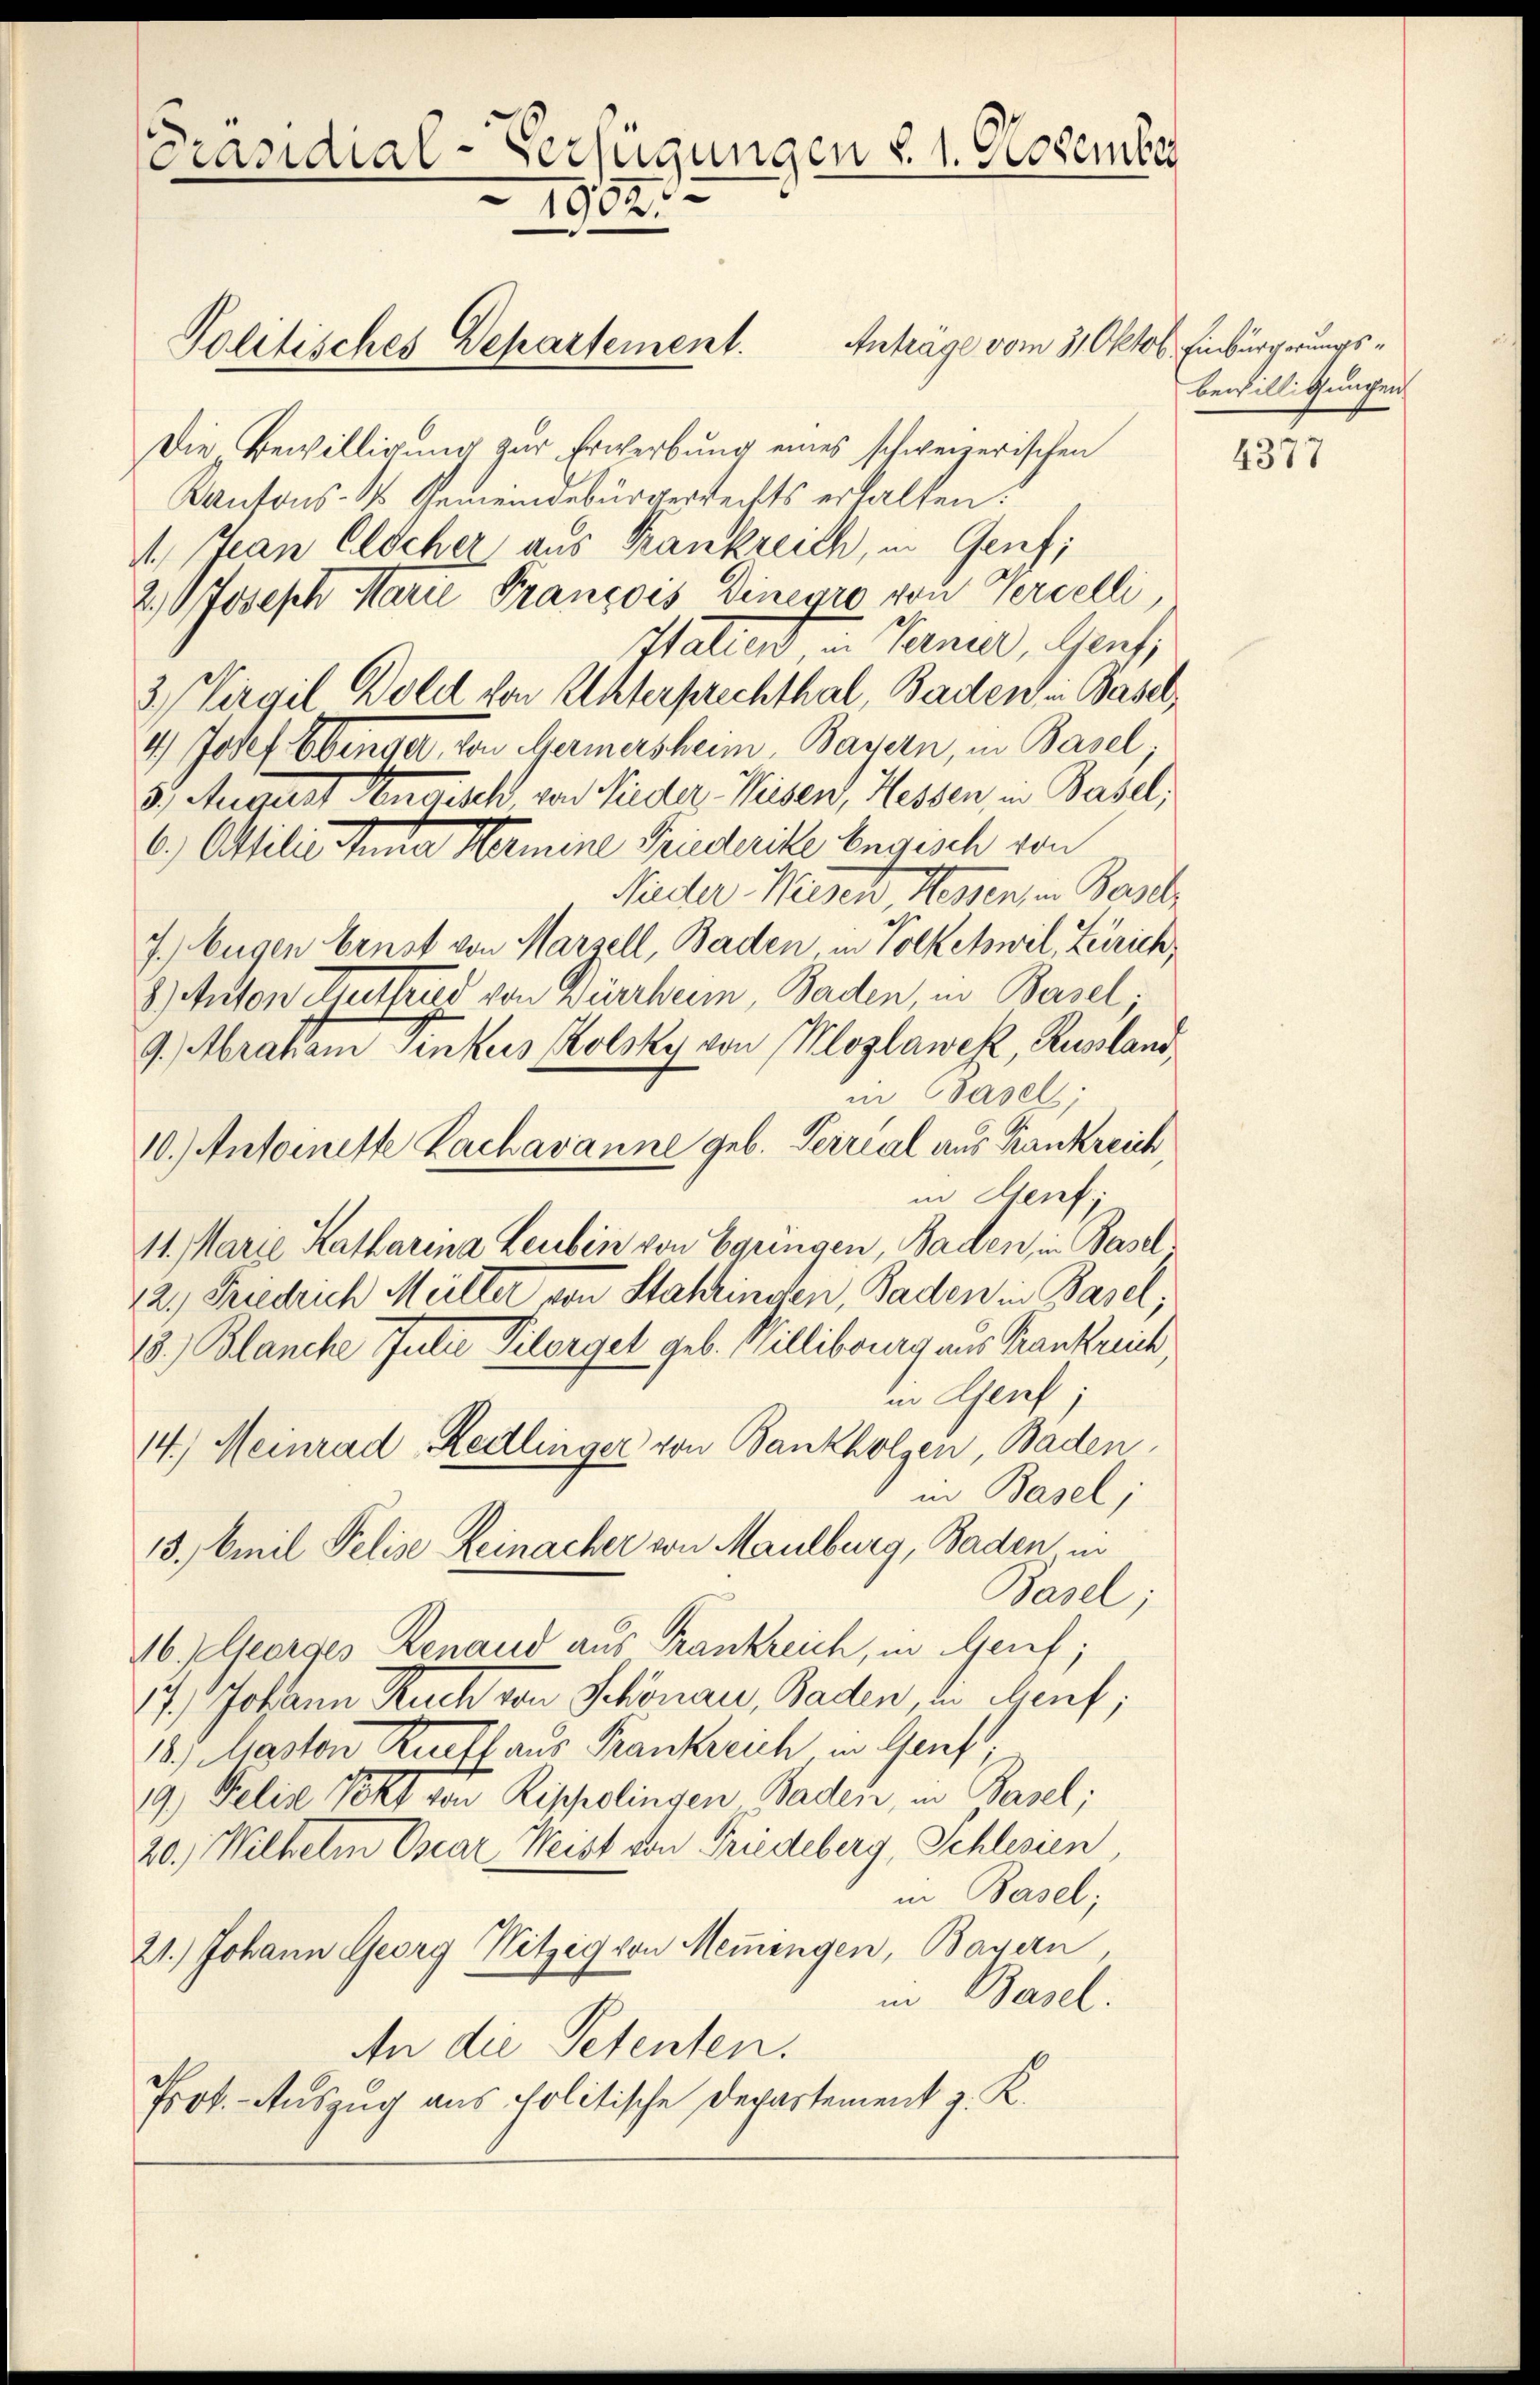
[Präsidial-Verfügungen d. 1. November
1932.

Die Bewilligung zur Erwerbung eines schweizerischen
Kantons- & Gemeindebürgerrechts erhalten.
1., Jean Clöcher aus Krankreich, in Genf;
2,0 Joseph Marie François Dinegro von Percelli,
Italien in Termier, Gent,
2 Virgil Boldl von Unterprechthal, Baden in Basel,
4.) Josef Obenger, von Hermersheim, Bayern, in Basel,
3.) Seiterst engesetz von Nieder Weisen, Hessen, in Basel,
6.) Ottilis Ende Nomine Friederite Engesch von
Guder Weisch Hagen, in Besitz
7. Eugen Ernst von Marsell, Baden in Volketswil, Zürich,
8) Anton Guttags von Dürrheim, Baden, in Basel.
9.) Abraham Sinkus Kolsky von Klozlawek, Russland
in Basel;
10.) Antoinette Lachavanne geb. Terrial aus Krankreich,
in Genf.
11. Marie Katharina Leubin von Egungen, Baden, in Basel
12. Friedrich Meiller von Stahringen, Baden in Basel;
18.) Blanche Juli Kilorgel geb. Willibourg aus Krankreich,
in Genf
14.) Meinrad Redlinger von Bankholzen, Baden,
in Basel;
13. Emil Pelise Leinacher von Maulburg, Baden in
Basel;
16.) Georges Renaud aus Krankreich, in Genf;
17.) Johann Ruch von Schönau, Baden in Genf;
18. Maston Kauff aus Frankreich in Gruß,
19.) Felix Tekt von Rippelingen Badeis, in Basel;
20. Wilhelm Oscar Weist von Friedeberg, Schlesien
in Basel;
21.) Johann Georg Witzig von Meningen, Bayern
in Basel:
An die Petenten.
Prok. Auszug aus Politische Departement z. K.

Politisches Departement. Anträge vom 31. Oktob. Einbürgerungs¬

bewilligungen

4377